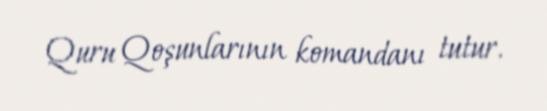
Quru Qoşunlarının komandanı tutur.